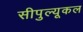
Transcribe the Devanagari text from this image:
सीपुल्यूकल